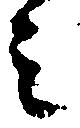
之